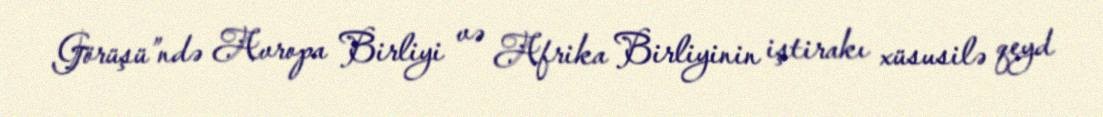
Görüşü”ndə Avropa Birliyi və Afrika Birliyinin iştirakı xüsusilə qeyd